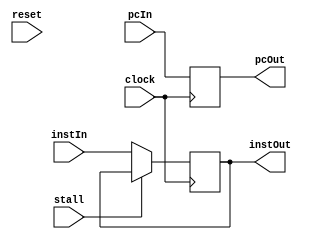
`timescale 1ns / 1ps
//////////////////////////////////////////////////////////////////////////////////
// Company: 
// Engineer: 
// 
// Design Name: 
// Module Name: cache
// Project Name: 
// Target Devices: 
// Tool Versions: 
// Description: 
// 
// Dependencies: 
// 
// Revision:
// Revision 0.01 - File Created
// Additional Comments:
// 
//////////////////////////////////////////////////////////////////////////////////
module cache_IF_ID(clock, reset, pcIn,instIn,stall,pcOut,instOut);
	input clock;
	input reset;
	input stall;
	input [31:0] pcIn;
	input [31:0] instIn;
	output reg [31:0] pcOut;
	output reg [31:0] instOut;
	
	initial begin
		pcOut <= 0;
		instOut <= 0;
	end
	always @ (posedge clock)
	begin
		if(!stall)
		begin
		  instOut=instIn;
	    end
		pcOut = pcIn;
	end
endmodule

module cache_ID_EX(clock, reset, pcIn,dataIn1,dataIn2,extendIn,inst11_15In,inst16_20In,inst21_25In,
                                pcOut,dataOut1,dataOut2,extendOut,inst11_15Out,inst16_20Out,inst21_25Out);
	input clock;
	input reset;
	input [31:0] pcIn;
	input [31:0] dataIn1;
	input [31:0] dataIn2;
	input [31:0] extendIn;
	inout [4:0] inst11_15In;
	inout [4:0] inst16_20In;
	inout [4:0] inst21_25In;
	output reg [31:0] pcOut;
	output reg [31:0] dataOut1;
	output reg [31:0] dataOut2;
	output reg [31:0] extendOut;
	output reg [4:0] inst11_15Out;
	output reg [4:0] inst16_20Out;
	output reg [4:0] inst21_25Out;
	
	initial begin
		pcOut <= 0;
		dataOut1 <= 0;
		dataOut2 <= 0;
		extendOut <= 0;
		inst11_15Out <=0;
		inst16_20Out <= 0;
		inst21_25Out <= 0;
	end
	always @ (posedge clock)
	begin
		pcOut = pcIn;
		dataOut1 <= dataIn1;
		dataOut2 <= dataIn2;
		extendOut <= extendIn;
		inst11_15Out <= inst11_15In;
		inst16_20Out <= inst16_20In;
		inst21_25Out <= inst21_25In;
	end
endmodule

module cache_EX_MEM(clock, reset, addResIn, ALUresIn, zeroIn, readData2In, regAddrIn, 
                                addResOut,ALUresOut,zeroOut,readData2Out,regAddrOut);
	input clock;
	input reset;
	input zeroIn;
	input [31:0] addResIn;
	input [31:0] ALUresIn;
	input [31:0] readData2In;
	input [31:0] regAddrIn;
	output reg zeroOut;
	output reg [31:0] addResOut;
	output reg [31:0] ALUresOut;
	output reg [31:0] readData2Out;
	output reg [31:0] regAddrOut;
	
	initial begin
		zeroOut <= 0;
		addResOut <= 0;
		ALUresOut <= 0;
		readData2Out<=0;
		regAddrOut <= 0;
	end
	always @ (posedge clock)
	begin
		zeroOut <= zeroIn;
		addResOut <= addResIn;
		ALUresOut <= ALUresIn;
		readData2Out<=readData2In;
		regAddrOut <= regAddrIn;
	end
endmodule

module cache_MEM_WB(clock, reset, memDataIn, ALUresIn,regAddrIn, memDataOut, ALUresOut,regAddrOut);
	input clock;
	input reset;
	input [31:0] memDataIn;
	input [31:0] ALUresIn;
	input [31:0] regAddrIn;
	output reg [31:0] memDataOut;
	output reg [31:0] ALUresOut;
	output reg [31:0] regAddrOut;
	
	initial begin
		memDataOut <= 0;
		ALUresOut <= 0;
		regAddrOut <= 0;
	end
	always @ (posedge clock)
	begin
		memDataOut <= memDataIn;
		ALUresOut <= ALUresIn;
		regAddrOut <= regAddrIn;
	end
endmodule

module cache_Ctr_EX(clock, reset, regDstIn, AluOpIn, AluSrcIn, regDstOut, AluOpOut, AluSrcOut);
	input clock;
	input reset;
	input regDstIn;
	input [2:0] AluOpIn;
	input AluSrcIn;
	output reg regDstOut;
	output reg [2:0] AluOpOut;
	output reg AluSrcOut;
	
	initial begin
		regDstOut = 0;
		AluOpOut = 0;
		AluSrcOut = 0;
	end
	
	always @ (posedge clock)
	begin
		regDstOut = regDstIn;
		AluOpOut = AluOpIn;
		AluSrcOut = AluSrcIn;
	end
endmodule

module cache_Ctr_MEM(clock, reset, branchIn, memReadIn, memWriteIn, branchOut, memReadOut, memWriteOut);
	input clock;
	input reset;
	input branchIn;
	input memReadIn;
	input memWriteIn;
	output reg branchOut;
	output reg memReadOut;
	output reg memWriteOut;
	
	initial begin
		branchOut = 0;
		memReadOut = 0;
		memWriteOut = 0;
	end	
	always @ (posedge clock)
	begin
		branchOut = branchIn;
		memReadOut = memReadIn;
		memWriteOut = memWriteIn;
	end
endmodule

module cache_Ctr_WB(clock, reset, regWriteIn, memToRegIn, regWriteOut, memToRegOut);
	input clock;
	input reset;
	input regWriteIn;
	input memToRegIn;
	output reg regWriteOut;
	output reg memToRegOut;
	
	initial begin
		regWriteOut = 0;
		memToRegOut = 0;
	end
	
	always @ (posedge clock)
	begin
		regWriteOut = regWriteIn;
		memToRegOut = memToRegIn;
	end
endmodule